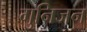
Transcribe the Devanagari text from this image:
गुनिजन